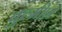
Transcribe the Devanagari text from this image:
बुल्मीश